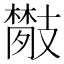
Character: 𢻦